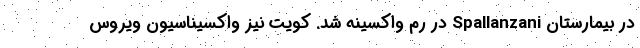
در بیمارستان Spallanzani در رم واکسینه شد. کویت نیز واکسیناسیون ویروس